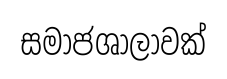
සමාජශාලාවක්